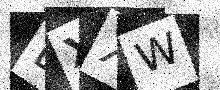
Text: LXXW